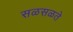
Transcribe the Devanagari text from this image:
सळसळते